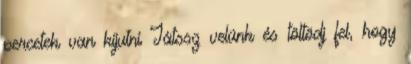
percetek van kijutni Játssz velünk és töltödj fel, hogy